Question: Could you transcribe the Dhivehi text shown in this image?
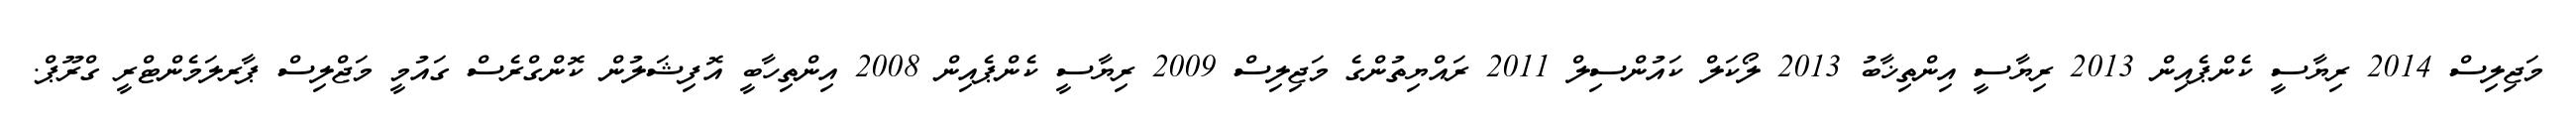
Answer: މަޖިލިސް 2014 ރިޔާސީ ކެންޕެއިން 2013 ރިޔާސީ އިންތިޚާބު 2013 ލޯކަލް ކައުންސިލް 2011 ރައްޔިތުންގެ މަޖިލިސް 2009 ރިޔާސީ ކެންޕެއިން 2008 އިންތިހާބީ އޮފިޝަލުން ކޮންގްރެސް ގައުމީ މަޖްލިސް ޕާރލަމެންޓްރީ ގްރޫޕް.